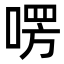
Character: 㗄